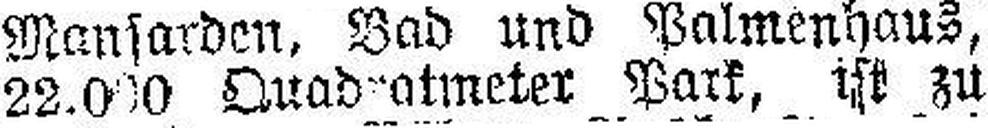
22.000 Quadratmeter Pari, ist zu